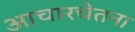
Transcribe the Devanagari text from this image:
आचारचेतना